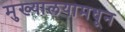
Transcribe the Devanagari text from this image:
मुख्यालयामधून